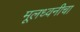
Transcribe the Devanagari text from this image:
मूलध्वनीचा